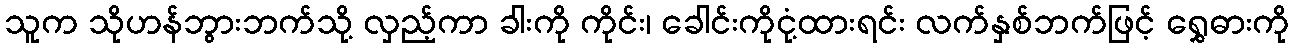
သူက သိုဟန်ဘွားဘက်သို့ လှည့်ကာ ခါးကို ကိုင်း၊ ခေါင်းကိုငုံ့ထားရင်း လက်နှစ်ဘက်ဖြင့် ရွှေဓားကို